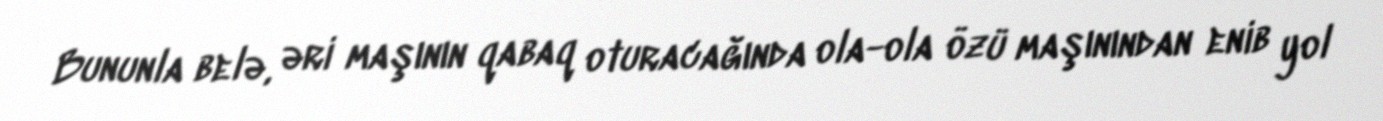
Bununla belə, əri maşının qabaq oturacağında ola-ola özü maşınından enib yol